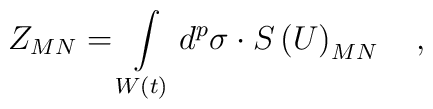
Z_{MN}=\int\limits_{W\left( t\right) }d^p\sigma \cdot S\left(U\right) _{MN}\quad ,